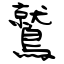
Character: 鷲